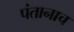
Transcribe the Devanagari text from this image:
पंतानाच